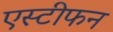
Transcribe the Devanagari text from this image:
एस्टीफन